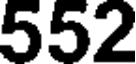
552